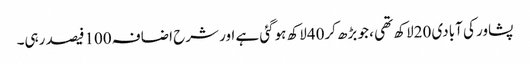
پشاور کی آبادی 20لاکھ تھی ، جو بڑھ کر40لاکھ ہوگئی ہے اور شرح اضافہ 100فیصد رہی۔